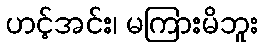
ဟင့်အင်း၊ မကြားမိဘူး